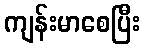
ကျန်းမာစေပြီး